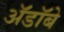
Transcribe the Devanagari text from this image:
ॲडॉबे